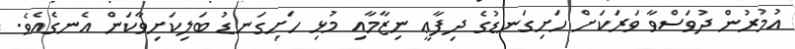
އުމުރުން ދުވަސްވާ ވަރަކަށް ހަށިގަނޑުގެ ދިފާޢީ ނިޒާމާއި މުޅި ހަށިގަނޑު ބަލިކަށިވާކަން އެނގެއެވެ.